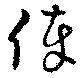
俸